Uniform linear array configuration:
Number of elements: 16
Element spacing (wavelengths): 0.75
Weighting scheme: blackman
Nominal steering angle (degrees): -30
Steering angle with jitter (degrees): -30.695
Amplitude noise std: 0.05
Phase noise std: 0.05

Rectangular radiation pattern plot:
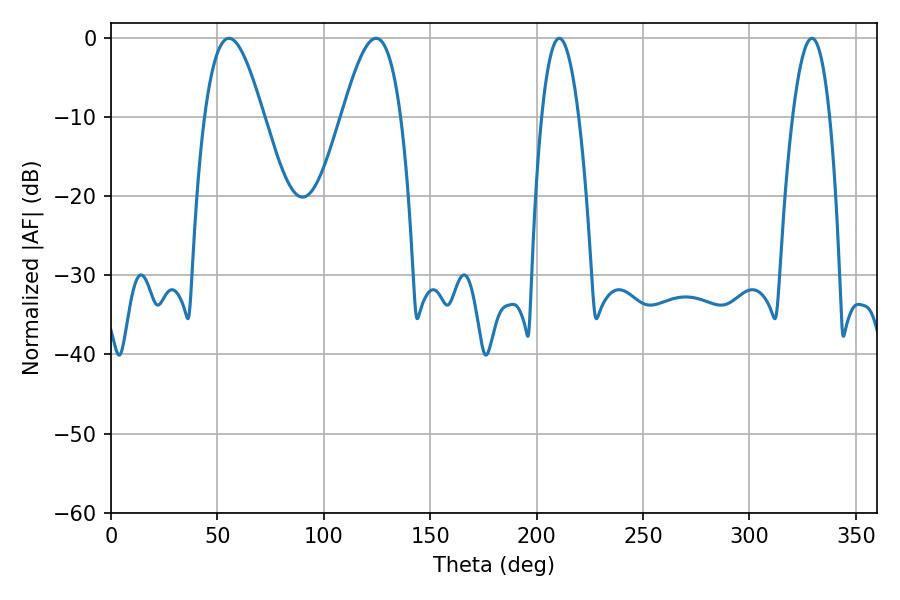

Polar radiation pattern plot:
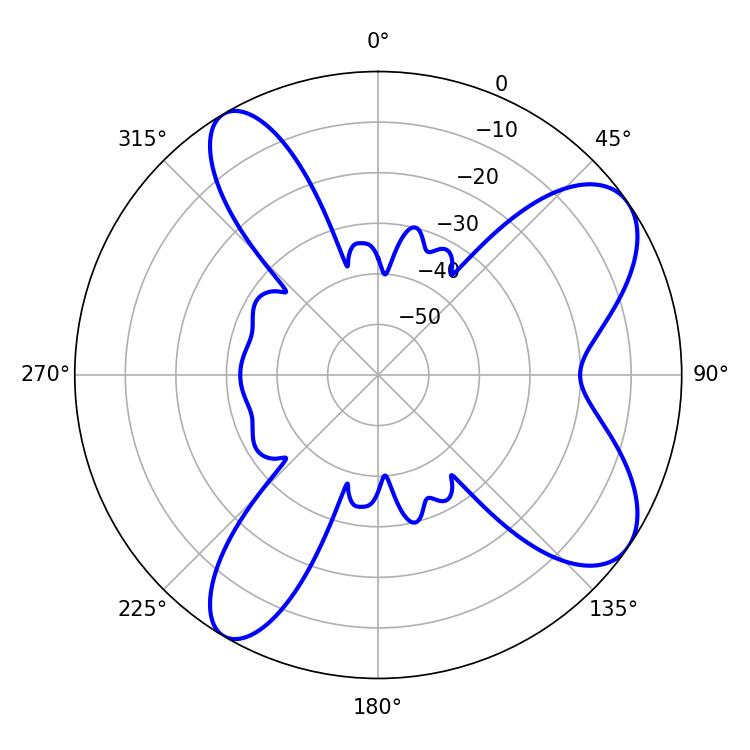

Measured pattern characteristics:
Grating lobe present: TRUE
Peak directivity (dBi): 8.307
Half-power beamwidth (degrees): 14.94
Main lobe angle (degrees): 55.44